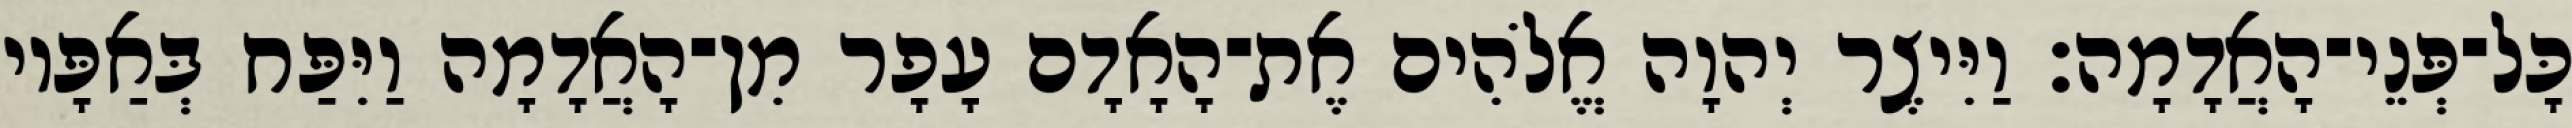
כָּל־פְּנֵי־הָאֲדָמָה׃ וַיִּיצֶר יְהוָה אֱלֹהִים אֶת־הָאָדָם עָפָר מִן־הָאֲדָמָה וַיִּפַּח בְּאַפָּיו